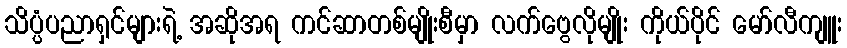
သိပ္ပံပညာရှင်များရဲ့ အဆိုအရ ကင်ဆာတစ်မျိုးစီမှာ လက်ဗွေလိုမျိုး ကိုယ်ပိုင် မော်လီကျူး